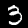
Digit: 3